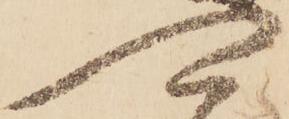
可